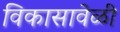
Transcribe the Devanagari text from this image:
विकासावेळी